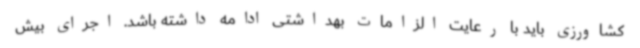
کشاورزی باید با رعایت الزامات بهداشتی ادامه داشته باشد. ‌اجرای بیش